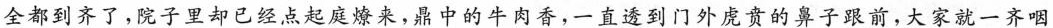
全都到齐了，院子里却已经点起庭燎来，鼎中的牛肉香，一直透到门外成贵的鼻子跟前，大家就一齐咽